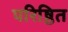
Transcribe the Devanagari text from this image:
परिष्ठित